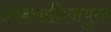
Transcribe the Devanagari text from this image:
लोहखनिजयुक्त